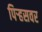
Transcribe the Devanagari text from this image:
पिर्‍हसवर